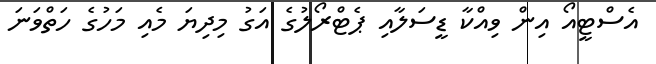
އެސްޓީއޯ އިން ވިއްކާ ޑީސަލާއި ޕެޓްރޯލުގެ އަގު މިދިޔަ މެއި މަހުގެ ހަތްވަނަ